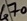
Text: 470